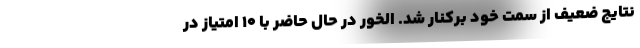
نتایج ضعیف از سمت خود برکنار شد. الخور در حال حاضر با ۱۰ امتیاز در